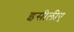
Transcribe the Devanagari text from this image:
इसीलीए